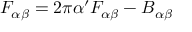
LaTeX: { \cal F } _ { \alpha \beta } = 2 \pi \alpha ^ { \prime } F _ { \alpha \beta } - B _ { \alpha \beta }